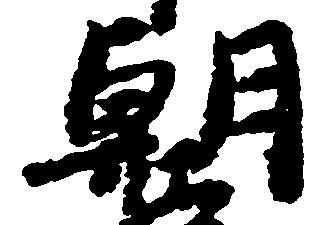
朝